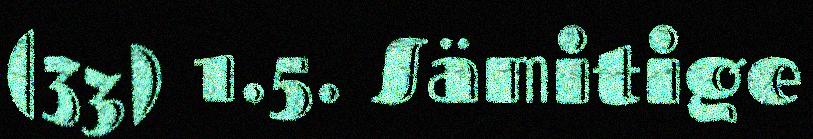
(33) 1.5. Sämitige